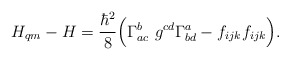
\begin{align*}H_{qm}- H = {\hbar^2 \over 8}\Bigl (\Gamma^b_{ac}~ g^{cd} \Gamma^a_{bd} -f_{ijk}f_{ijk}\Bigr ) .\end{align*}